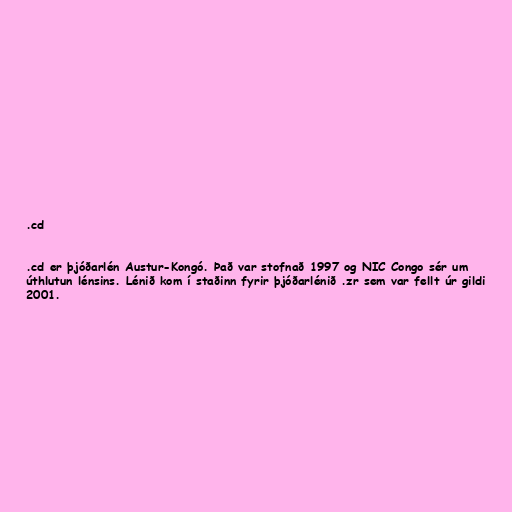
.cd

.cd er þjóðarlén Austur-Kongó. Það var stofnað 1997 og NIC Congo sér um
úthlutun lénsins. Lénið kom í staðinn fyrir þjóðarlénið .zr sem var fellt úr gildi
2001.